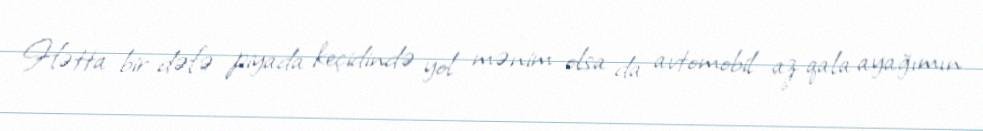
Hətta bir dəfə piyada keçidində yol mənim olsa da avtomobil az qala ayağımın